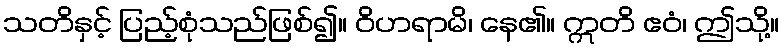
သတိနှင့် ပြည့်စုံသည်ဖြစ်၍။ ဝိဟရာမိ၊ နေ၏။ ဣတိ ဧဝံ၊ ဤသို့။